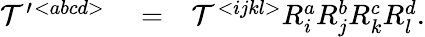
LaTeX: \begin{array}{rlr}{{\cal T}^{\prime}{}^{<abcd>}}&{{}=}&{{\cal T}^{<ijkl>}R_{i}^{a}R_{j}^{b}R_{k}^{c}R_{l}^{d}.}\end{array}